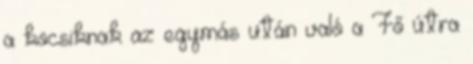
a kocsiknak az egymás után való a Fő útra